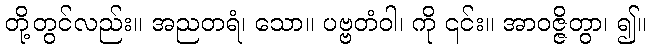
တို့တွင်လည်း။ အညတရံ၊ သော။ ပဗ္ဗတံဝါ၊ ကို ၎င်း။ အာဝဇ္ဇိတွာ၊ ၍။